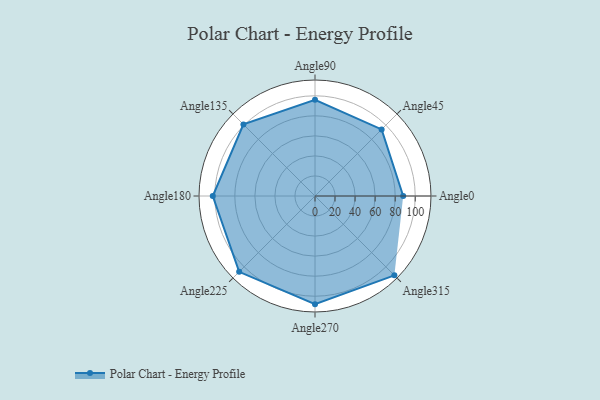
{"axis": {"x": "Angle", "y": "Radius"}, "legend": [""], "data": [{"x": "Angle0", "y": 88.0, "type": ""}, {"x": "Angle45", "y": 94.0, "type": ""}, {"x": "Angle90", "y": 96.0, "type": ""}, {"x": "Angle135", "y": 101.0, "type": ""}, {"x": "Angle180", "y": 102.0, "type": ""}, {"x": "Angle225", "y": 107.0, "type": ""}, {"x": "Angle270", "y": 108.0, "type": ""}, {"x": "Angle315", "y": 112.0, "type": ""}]}